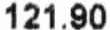
121.90